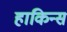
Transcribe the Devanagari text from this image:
हाकिन्स